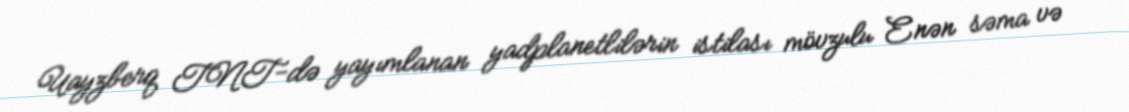
Uayzberq TNT-də yayımlanan yadplanetlilərin istilası mövzulu Enən səma və